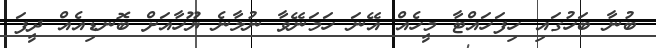
ބުނާ ބަހުގައި ހިފަހައްޓާ މީހެއް އޭނަ ހަމަނޭވާ ނުލާނެ ޔޫހާއަށް ބޮނޑިއެއް ދީފަ